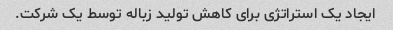
ایجاد یک استراتژی برای کاهش تولید زباله توسط یک شرکت.